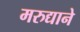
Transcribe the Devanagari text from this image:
मरुद्याने